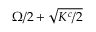
\Omega / 2 + \sqrt { K ^ { c } / 2 }